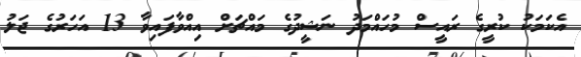
އެކަމަކު ކުރީގެ ރައީސް މުހައްމަދު ނަޝީދުގެ މައްޗަށް އިއްވާފައިވާ 13 އަހަރުގެ ޖަލު